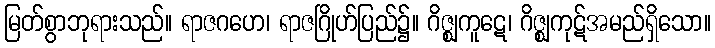
မြတ်စွာဘုရားသည်။ ရာဇဂဟေ၊ ရာဇဂြိုဟ်ပြည်၌။ ဂိဇ္ဈကူဋေ၊ ဂိဇ္ဈကုဋ်အမည်ရှိသော။